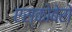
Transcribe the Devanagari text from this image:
एस्कोबेरो